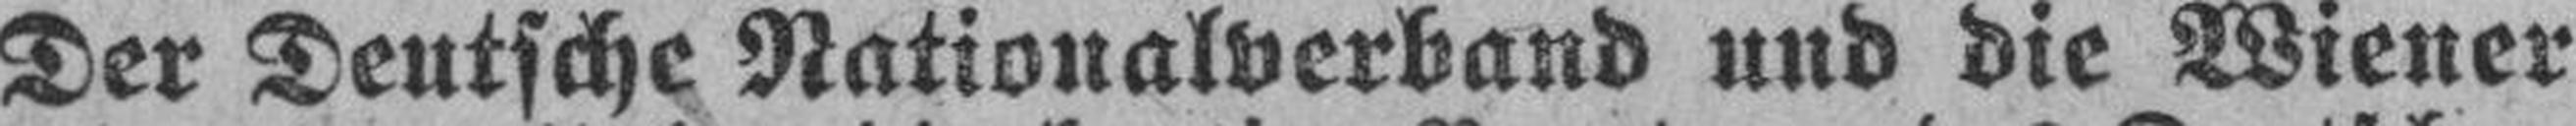
Der Deutsche Nationalverband und die Wiener